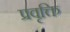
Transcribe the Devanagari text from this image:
प्रवृक्ति